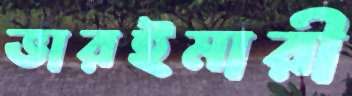
ভারইমারী